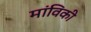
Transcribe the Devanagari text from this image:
मांविकी